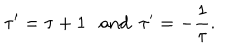
LaTeX: \tau ^ { \prime } = \tau + 1 \textrm { a n d } ~ ~ \tau ^ { \prime } = - \frac { 1 } { \tau } .